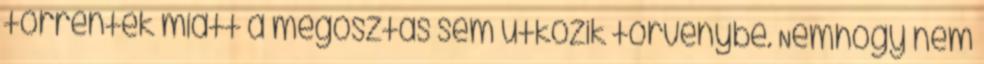
torrentek miatt a megosztás sem ütközik törvénybe. Nemhogy nem